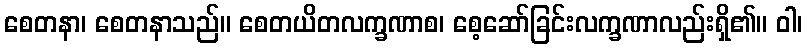
စေတနာ၊ စေတနာသည်။ စေတယိတလက္ခဏာစ၊ စေ့ဆော်ခြင်းလက္ခဏာလည်းရှိ၏။ ဝါ၊